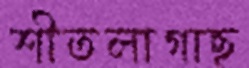
শীতলাগাছ